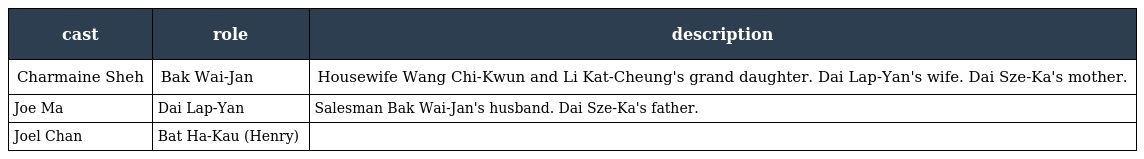
| cast | role | description |
 | --- | --- | --- |
 | Charmaine Sheh | Bak Wai-Jan 白慧珍 | Housewife Wang Chi-Kwun and Li Kat-Cheung's grand daughter. Dai Lap-Yan's wife. Dai Sze-Ka's mother. |
 | Joe Ma | Dai Lap-Yan 戴立仁 | Salesman Bak Wai-Jan's husband. Dai Sze-Ka's father. |
 | Joel Chan | Bat Ha-Kau (Henry) 畢夏裘 |  |